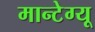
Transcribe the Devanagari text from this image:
मान्टेग्यू